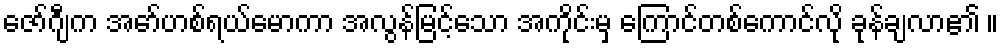
ဇော်ဂျီက အော်ဟစ်ရယ်မောကာ အလွန်မြင့်သော အကိုင်းမှ ကြောင်တစ်ကောင်လို ခုန်ချလာ၏ ။